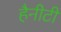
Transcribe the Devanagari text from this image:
हैनीटी